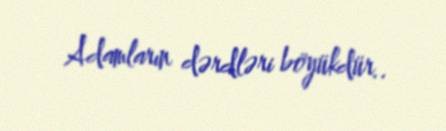
Adamların dərdləri böyükdür..